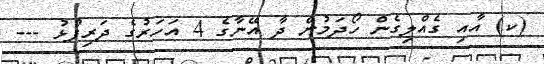
(ކ) އާއި ގެއްލިގެން ހޯދަމުން ދާ އޭނާގެ 4 އަހަރުގެ ދަރިފުޅު ---